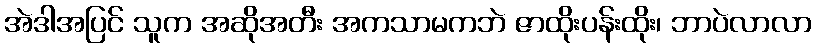
အဲဒါအပြင် သူက အဆိုအတီး အကသာမကဘဲ ဇာထိုးပန်းထိုး၊ ဘာပဲလာလာ